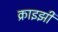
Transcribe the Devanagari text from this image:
क्राइझी